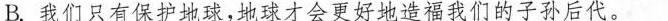
B.我们只有保护地球，地球才会更好地造福我们的子孙后代。